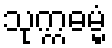
သုက္ကဓမ္မံ